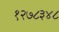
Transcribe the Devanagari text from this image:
१२७८३४८